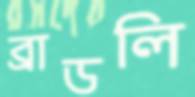
ব্রাডলি